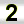
Digit: 2